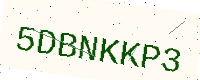
Text: 5DBNKKP3